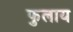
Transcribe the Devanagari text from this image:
फुलाय